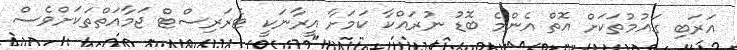
އަރަބި ގައުމުތަކަށް އޮތް އެންމެ ބޮޑު ނުރައްކާ ކަމަށާ އީރާނަކީ ޓެރަރިސްޓް ޖަމާއަތްތަކަށްވެސް